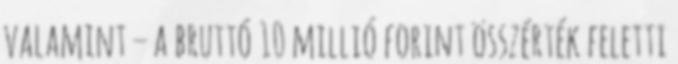
valamint – a bruttó 10 millió forint összérték feletti